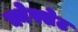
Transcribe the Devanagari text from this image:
क्नेस्सेट